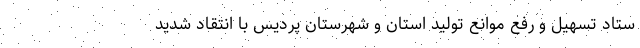
ستاد تسهیل و رفع موانع تولید استان و شهرستان پردیس با انتقاد شدید